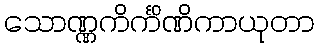
သောဏ္ဏကိင်္ကိဏိကာယုတာ